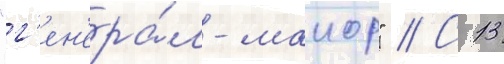
"г'ен'ера́л-маиор" // С 13